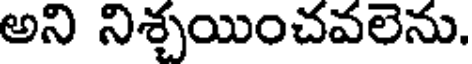
అని నిశ్చయించవలెను.